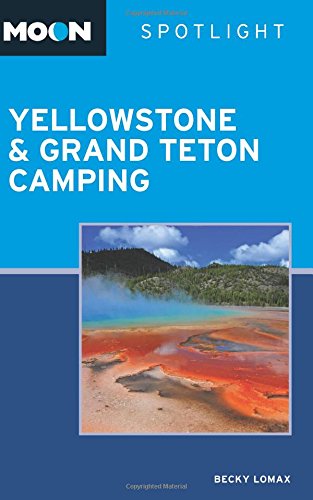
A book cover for Moon Spotlight Yellowstone & Grand Teton Camping (Moon Outdoors); Becky Lomax; Travel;